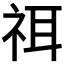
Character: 𥙟